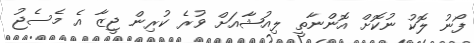
ފޯނު ލޮކު ނުކޮށް އޮންނާތީ ލިއުޝާއަށް ވުރެ ކުރިން ޖީޒާ އެ މެސެޖު